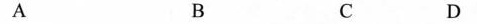
A B C D